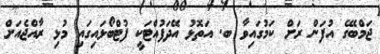
ޖަމްބޭގެ އުފަން ރަށް ކަމުގައިވާ ބ. އަތޮޅު އޭދަފުއްޓަކީ ފުޓްބޯޅައިގައި މުޅި ރާއްޖެއަށް